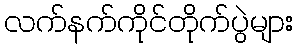
လက်နက်ကိုင်တိုက်ပွဲများ